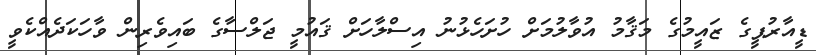
ޑީއާރުޕީގެ ޒައީމުގެ މަޤާމު އުވާލުމަށް ހުށަހެޅުނު އިސްލާހަށް ޤައުމީ ޖަލްސާގެ ބައިވެރިން ވާހަކަދެއްކެވީ